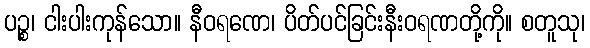
ပဉ္စ၊ ငါးပါးကုန်သော။ နီဝရဏေ၊ ပိတ်ပင်ခြင်းနီးဝရဏတို့ကို။ စတူသု၊